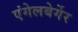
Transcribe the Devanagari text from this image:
एंगेलबेर्गेर